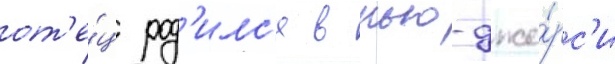
от'е́ц род'илс'я в нью-дже́рс'и